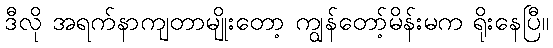
ဒီလို အရက်နာကျတာမျိုးတော့ ကျွန်တော့်မိန်းမက ရိုးနေပြီ။